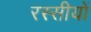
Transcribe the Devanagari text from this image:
रस्सीयों